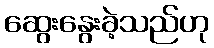
ဆွေးနွေးခဲ့သည်ဟု